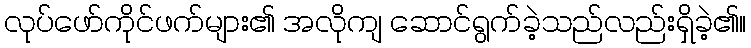
လုပ်ဖော်ကိုင်ဖက်များ၏ အလိုကျ ဆောင်ရွက်ခဲ့သည်လည်းရှိခဲ့၏။